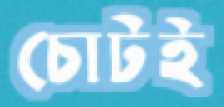
চোটই